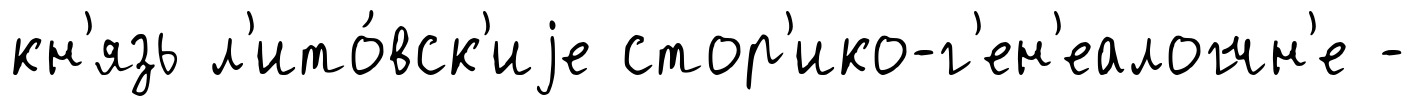
кн'язь л'ито́вск'иjе стор'ико-г'ен'еалогчн'е -